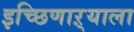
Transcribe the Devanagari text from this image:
इच्छिणाऱ्याला